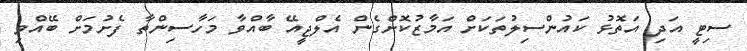
ސިޓީ އަދި އަތޮޅު ކައުންސިލުތަކަށް އަމާޒުކޮށްގެން އެލްޖީއޭ ބާއްވާ މަހާސިންތާ ފެށުމަށް ބޭއްވި